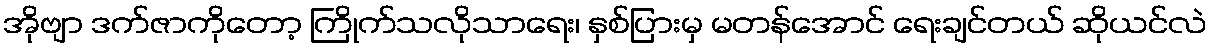
အိုဗျာ ဒက်ဇာကိုတော့ ကြိုက်သလိုသာရေး၊ နှစ်ပြားမှ မတန်အောင် ရေးချင်တယ် ဆိုယင်လဲ